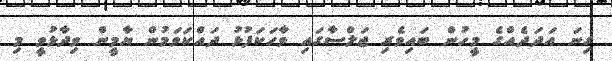
ގިނަ އަދަދެއްގެ މީހުން ބައިވެރި ޖަލްސާގައި ވާހަކަފުޅު ދައްކަވަމުން ޔާމީން ވިދާޅުވީ މި